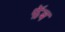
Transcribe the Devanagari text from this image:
फॅब